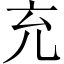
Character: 充